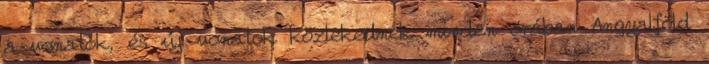
a vonatok, és új vonatok közlekednek minden órában Angyalföld